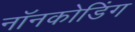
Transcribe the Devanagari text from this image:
नॉनकोडिंग